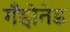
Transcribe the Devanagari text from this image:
गँझेतेड